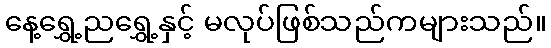
နေ့ရွှေ့ညရွှေ့နှင့် မလုပ်ဖြစ်သည်ကများသည်။